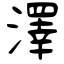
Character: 澤